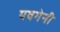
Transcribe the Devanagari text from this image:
यवगेनी